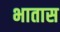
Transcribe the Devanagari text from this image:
भातास